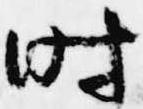
時